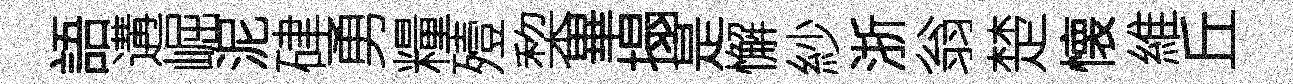
語遘崛泥硉勇糧殪棃畢搨是懈紗浙翁楚懐維丘